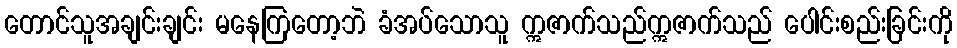
တောင်သူအချင်းချင်း မနေကြတော့ဘဲ ခံအပ်သောသူ ဣဇာက်သည်ဣဇာက်သည် ပေါင်းစည်းခြင်းကို